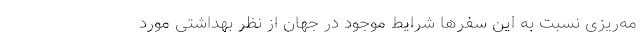
مه‌ریزی نسبت به این سفرها شرایط موجود در جهان از نظر بهداشتی مورد